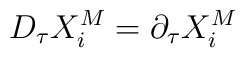
D_{\tau }X_{i}^{M}=\partial _{\tau }X_{i}^{M}-\varepsilon_{ik}A^{kl}X_{l}^{M}.